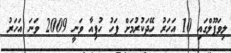
ލިވަޕޫލްގައި 10 އަހަރު ހޭދަކުރުމަށް ފަހު ހުޕިއާ ވަނީ 2009 ވަނަ އަހަރު